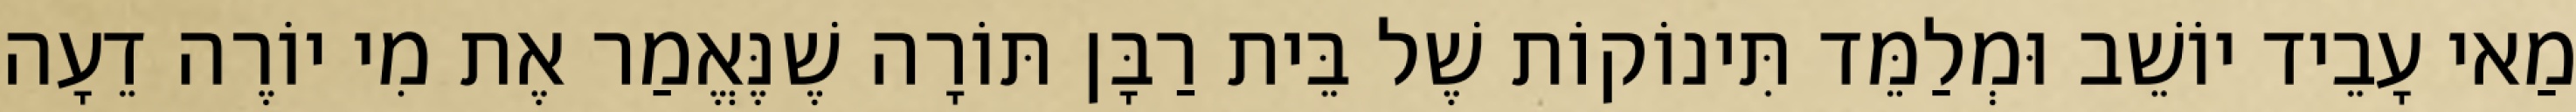
מַאי עָבֵיד יוֹשֵׁב וּמְלַמֵּד תִּינוֹקוֹת שֶׁל בֵּית רַבָּן תּוֹרָה שֶׁנֶּאֱמַר אֶת מִי יוֹרֶה דֵעָה